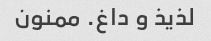
لذیذ و داغ. ممنون